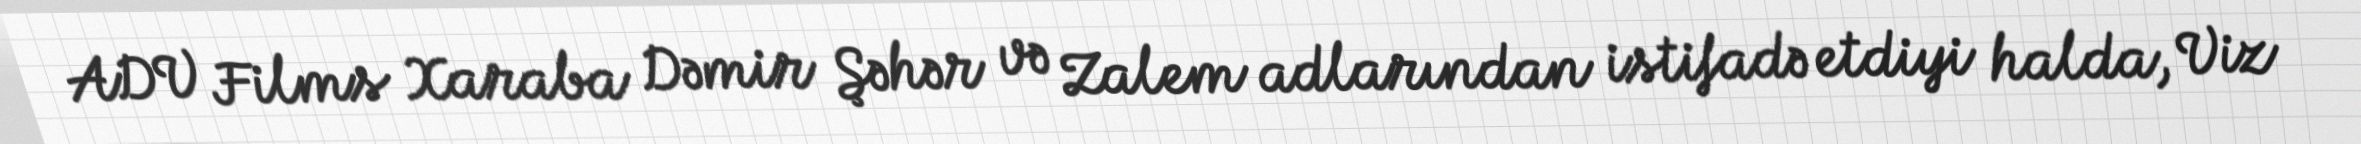
ADV Films Xaraba Dəmir Şəhər və Zalem adlarından istifadə etdiyi halda, Viz